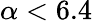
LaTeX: \alpha<6.4